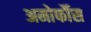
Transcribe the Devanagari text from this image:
अमोर्फौस